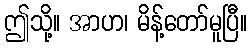
ဤသို့။ အာဟ၊ မိန့်တော်မူပြီ။